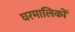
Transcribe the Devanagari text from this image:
घरमालिकों